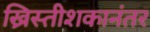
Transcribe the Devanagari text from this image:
ख्रिस्तीशकानंतर